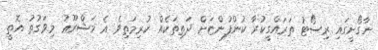
ނާގޯށީގައި ރިސޯޓު ތަރައްގީކުރާ ކުންފުންޏަށް ދަތިތަކެއް ކުރިމަތިވެ އެ މަޝްރޫޢު މިވަގުތު އޮތީ